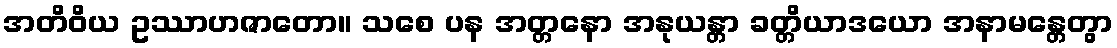
အတိဝိယ ဥဿာဟဇာတော။ သစေ ပန အတ္တနော အနုယန္တာ ခတ္တိယာဒယော အနာမန္တေတွာ